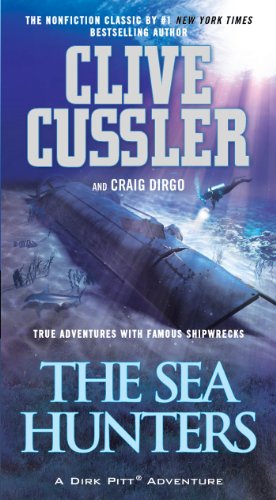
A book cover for The Sea Hunters; Clive Cussler; Literature & Fiction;